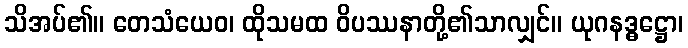
သိအပ်၏။ တေသံယေဝ၊ ထိုသမထ ဝိပဿနာတို့၏သာလျှင်။ ယုဂနဒ္ဓဋ္ဌော၊